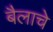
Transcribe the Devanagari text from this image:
बैलाचे